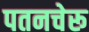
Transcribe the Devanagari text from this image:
पतनचेरू